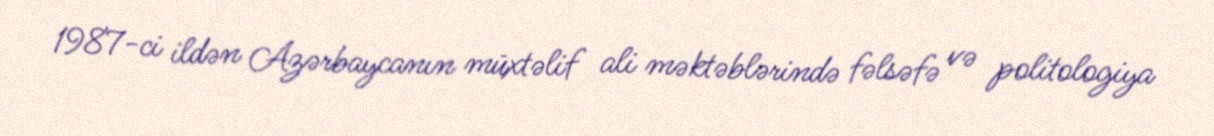
1987-ci ildən Azərbaycanın müxtəlif ali məktəblərində fəlsəfə və politologiya